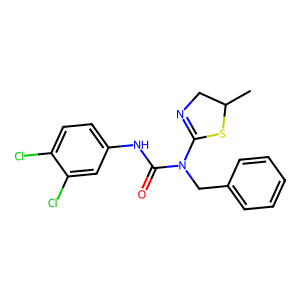
SMILES: CC1CN=C(N(Cc2ccccc2)C(=O)Nc2ccc(Cl)c(Cl)c2)S1
Inhibits HIV replication: No